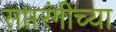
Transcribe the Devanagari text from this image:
सप्तरंगीच्या